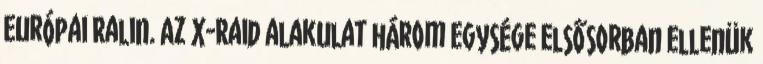
Európai Ralin. Az X-Raid alakulat három egysége elsősorban ellenük